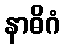
နာဓိဂံ